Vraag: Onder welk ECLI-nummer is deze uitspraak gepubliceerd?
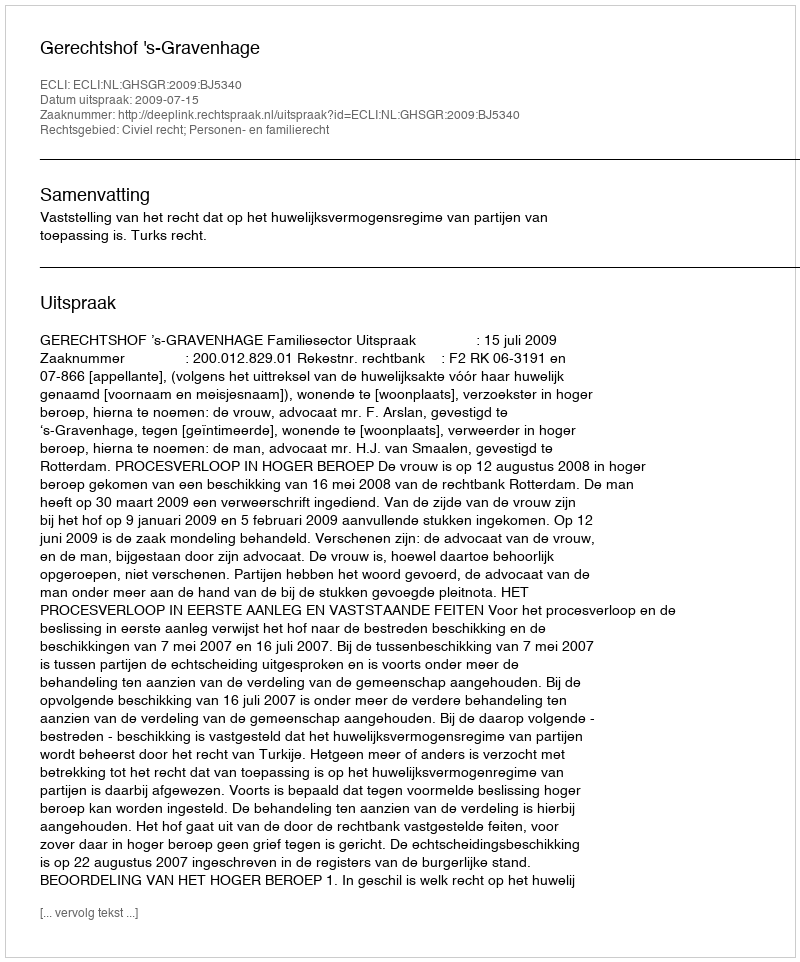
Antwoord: ECLI:NL:GHSGR:2009:BJ5340